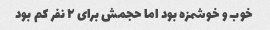
خوب و خوشمزه بود اما حجمش برای ۲ نفر کم بود